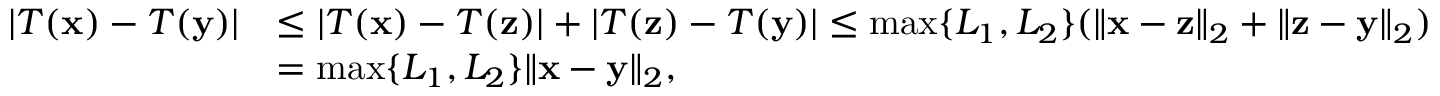
\begin{array} { r l } { \lvert T ( \mathbf x ) - T ( \mathbf y ) \rvert } & { \leq \lvert T ( \mathbf x ) - T ( \mathbf z ) \rvert + \lvert T ( \mathbf z ) - T ( \mathbf y ) \rvert \leq \operatorname* { m a x } \{ L _ { 1 } , L _ { 2 } \} ( \Vert \mathbf x - \mathbf z \Vert _ { 2 } + \Vert \mathbf z - \mathbf y \Vert _ { 2 } ) } \\ & { = \operatorname* { m a x } \{ L _ { 1 } , L _ { 2 } \} \Vert \mathbf x - \mathbf y \Vert _ { 2 } , } \end{array}